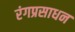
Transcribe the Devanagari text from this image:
रंगप्रसाधन